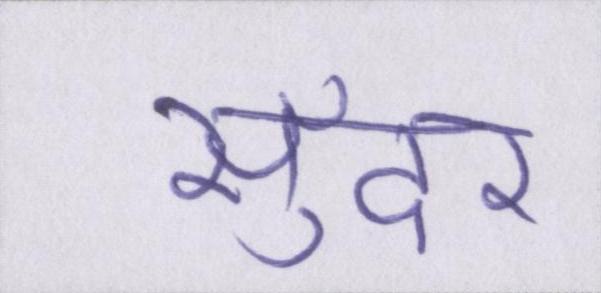
सुँदर